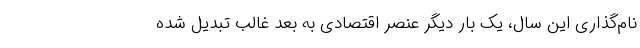
نام‌گذاری این سال، یک بار دیگر عنصر اقتصادی به بُعد غالب تبدیل شده